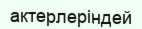
актерлеріндей